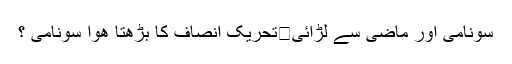
سونامی اور ماضی سے لڑائی	تحریکِ انصاف کا بڑھتا ھوا سونامی ؟